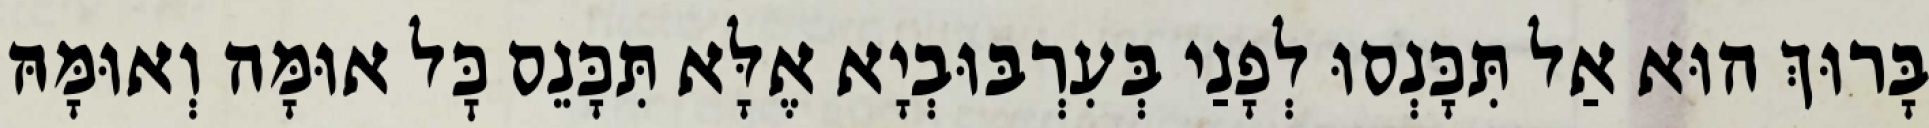
בָּרוּךְ הוּא אַל תִּכָּנְסוּ לְפָנַי בְּעִרְבּוּבְיָא אֶלָּא תִּכָּנֵס כׇּל אוּמָּה וְאוּמָּהּ